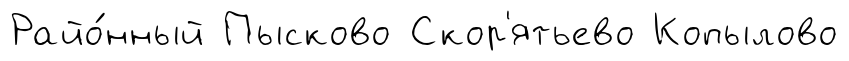
Райо́нный Пысково Скор'ятьево Копылово